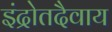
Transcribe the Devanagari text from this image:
इंद्रोतदैवाय